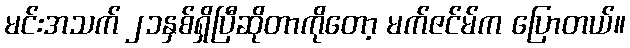
မင်းအသက် ၂၁နှစ်ရှိပြီဆိုတာကိုတော့ မက်ဇင်မ်က ပြောတယ်။